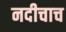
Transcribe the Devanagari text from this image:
नदीचाच